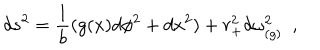
d s ^ { 2 } = { \frac { 1 } { b } } ( g ( x ) d \phi ^ { 2 } + d x ^ { 2 } ) + r _ { + } ^ { 2 } d \omega _ { ( g ) } ^ { 2 } ~ ~ ,